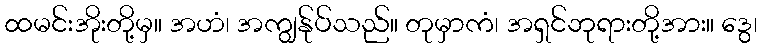
ထမင်းအိုးတို့မှ။ အဟံ၊ အကျွန်ုပ်သည်။ တုမှာကံ၊ အရှင်ဘုရားတို့အား။ ဒွေ၊